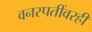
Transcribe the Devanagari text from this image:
वनस्पतींवरही